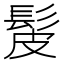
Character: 髲